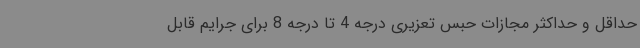
حداقل و حداکثر مجازات حبس تعزیری درجه 4 تا درجه 8 برای جرایم قابل